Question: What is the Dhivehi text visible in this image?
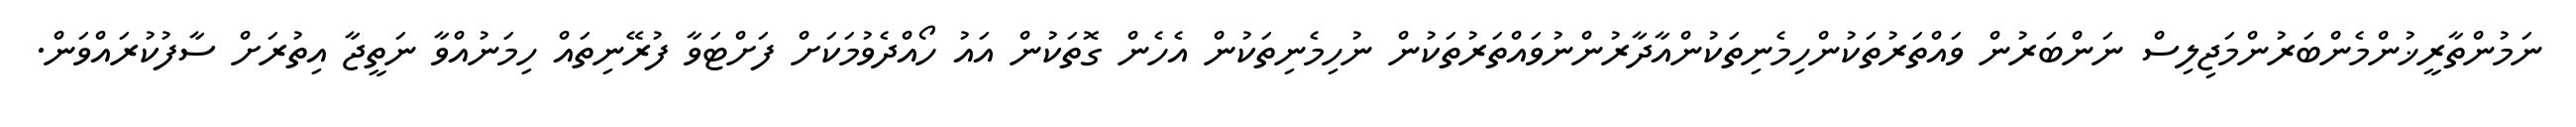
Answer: ނަމުންތާރީޚުންމެންބަރުންމަޖިލިސް ނަންބަރުން ވައްތަރުތަކުންހިމެނިތަކުންއާދާރުންނުވައްތަރުތަކުން ނުހިމެނިތަކުން އެހެން ގޮތަކުން އައު ހޯއްދެވުމަކަށް ފަށްޓަވާ ފުރޭނިތައް ހިމަނުއްވާ ނަތީޖާ އިތުރަށް ސާފުކުރައްވަން.